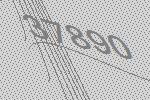
37890